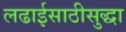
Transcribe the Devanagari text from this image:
लढाईसाठीसुद्धा